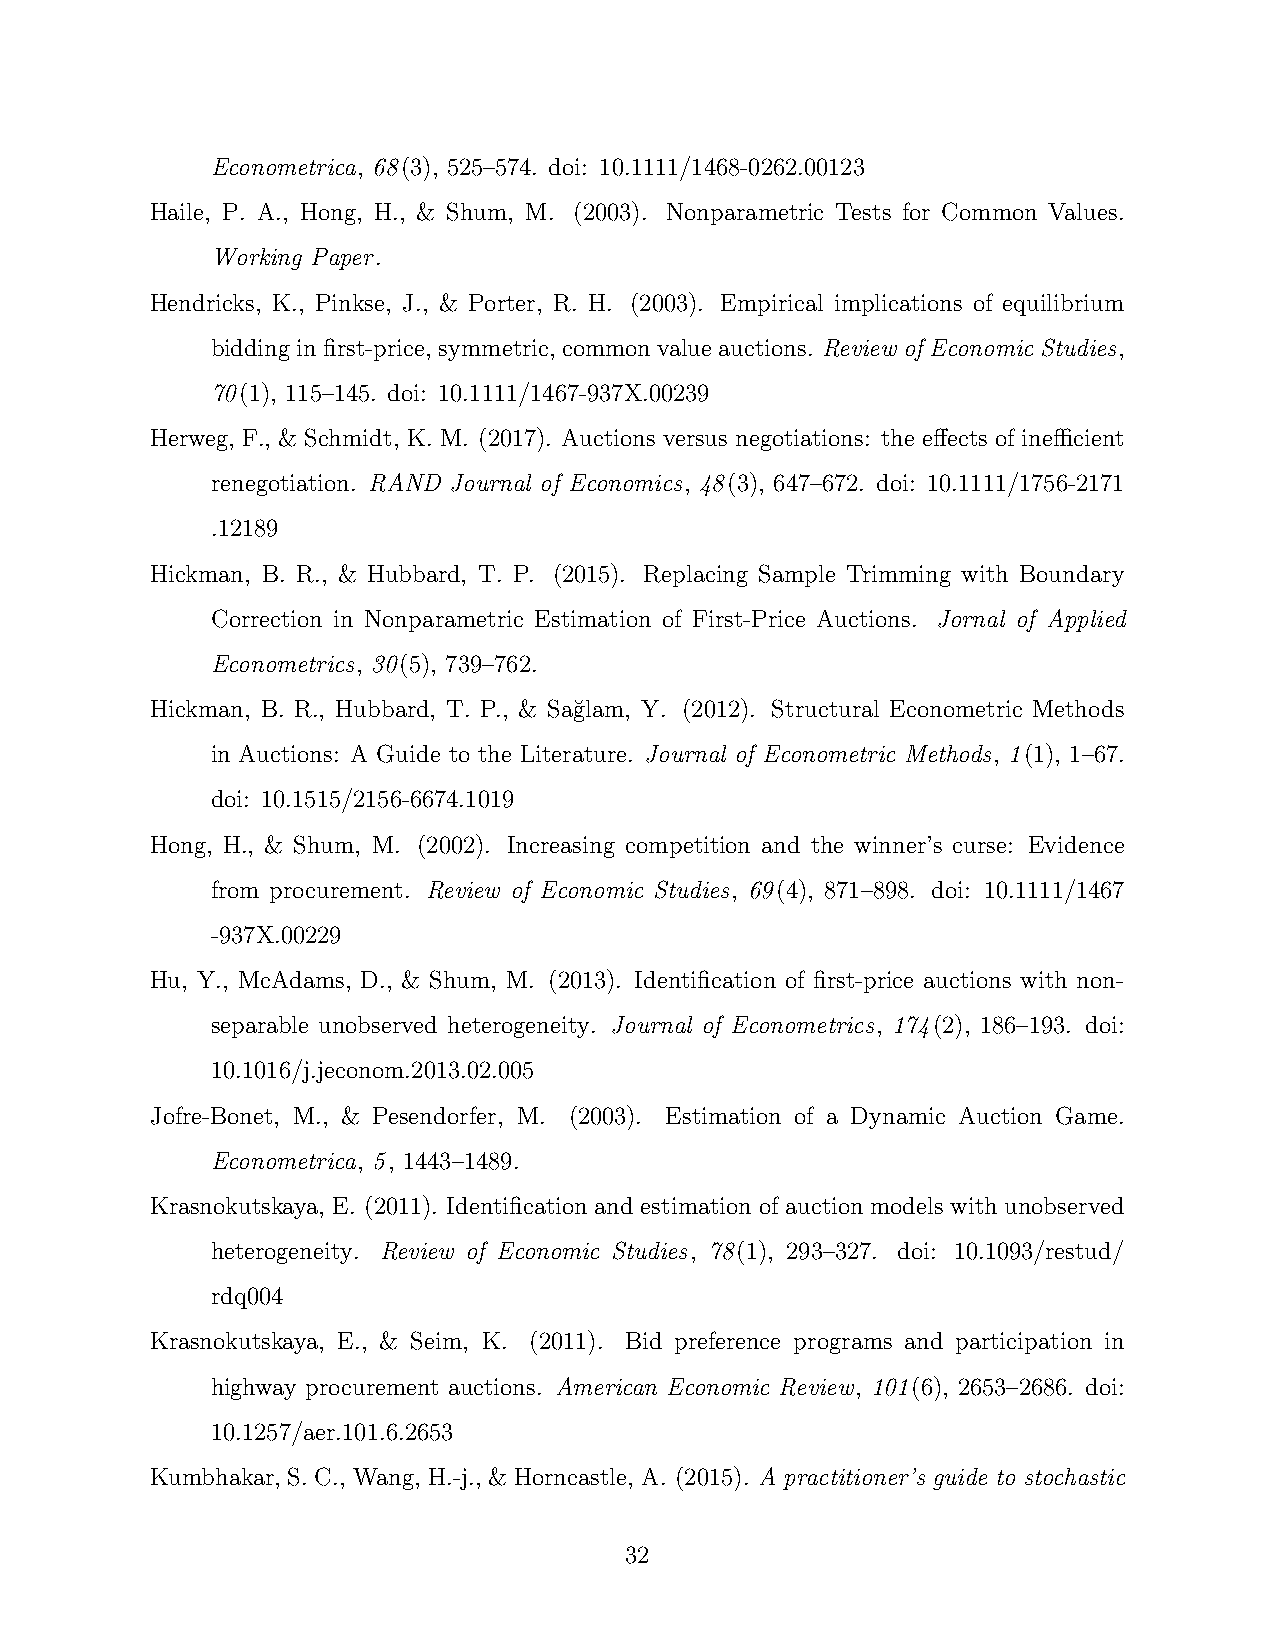
Econometrica, 68(3), 525–574. doi: 10.1111/1468-0262.00123
 Haile, P. A., Hong, H., & Shum, M. (2003). Nonparametric Tests for Common Values.
 Working Paper.
 Hendricks, K., Pinkse, J., & Porter, R. H. (2003). Empirical implications of equilibrium
 biddinginfirst-price, symmetric, commonvalueauctions. Review of Economic Studies,
 70(1), 115–145. doi: 10.1111/1467-937X.00239
 Herweg, F., & Schmidt, K. M. (2017). Auctions versus negotiations: the effects of inefficient
 renegotiation. RAND Journal of Economics, 48(3), 647–672. doi: 10.1111/1756-2171
 .12189
 Hickman, B. R., & Hubbard, T. P. (2015). Replacing Sample Trimming with Boundary
 Correction in Nonparametric Estimation of First-Price Auctions. Jornal of Applied
 Econometrics, 30(5), 739–762.
 Hickman, B. R., Hubbard, T. P., & Sa˘glam, Y. (2012). Structural Econometric Methods
 in Auctions: A Guide to the Literature. Journal of Econometric Methods, 1(1), 1–67.
 doi: 10.1515/2156-6674.1019
 Hong, H., & Shum, M. (2002). Increasing competition and the winner’s curse: Evidence
 from procurement. Review of Economic Studies, 69(4), 871–898. doi: 10.1111/1467
 -937X.00229
 Hu, Y., McAdams, D., & Shum, M. (2013). Identification of first-price auctions with non-
 separable unobserved heterogeneity. Journal of Econometrics, 174(2), 186–193. doi:
 10.1016/j.jeconom.2013.02.005
 Jofre-Bonet, M., & Pesendorfer, M. (2003). Estimation of a Dynamic Auction Game.
 Econometrica, 5, 1443–1489.
 Krasnokutskaya, E. (2011). Identification and estimation of auction models with unobserved
 heterogeneity. Review of Economic Studies, 78(1), 293–327. doi: 10.1093/restud/
 rdq004
 Krasnokutskaya, E., & Seim, K. (2011). Bid preference programs and participation in
 highway procurement auctions. American Economic Review, 101(6), 2653–2686. doi:
 10.1257/aer.101.6.2653
 Kumbhakar, S. C., Wang, H.-j., & Horncastle, A. (2015). A practitioner’s guide to stochastic
 32